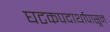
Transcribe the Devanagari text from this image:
घटकपदार्थांपासून